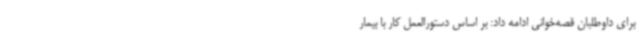
برای داوطلبان قصه‌خوانی ادامه داد: بر اساس دستورالعمل کار با بیمار